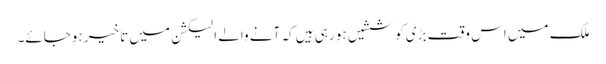
ملک میں اس وقت بڑی کوششیں ہو رہی ہیں کہ آنے والے الیکشن میں تاخیر ہوجائے۔